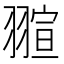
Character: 𮋌